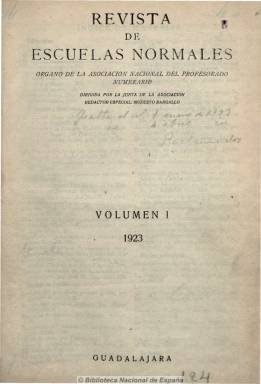
Título: Revista de escuelas normales (Guadalajara)
Colección: Educación
Ámbito geográfico: Madrid
Lugar de publicación: Guadalajara
Fechas: 01/02/1923-31/12/1970

Es continuadora del Boletín de escuelas normales (1922), y como este, será órgano de la Asociación Nacional del Profesorado Numerario. Edita desde 1923 hasta 1936 un total de 120 números, con periodicidad mensual, excepto de julio a septiembre. Además de en Guadalajara, será editada también en Cuenca, Córdoba y Madrid. Modesto Bargallo, que había sido el director del boletín, lo seguirá siendo de la revista hasta 1927, cuando es sustituido por Rodolfo Llopis. Sucesivamente la dirigirán también Antonio Gil Muñiz (1930-1932), otra vez Bargallo (1932-1932) y, por último, Pablo Cortés (1933-1936).

Se trata de la única publicación específica de la formación del profesorado primario que ha habido en España, reflejo de las corrientes pedagógicas y científicas y de la labor de renovación de la formación de los maestros españoles en las décadas de los veinte y treinta del siglo veinte.

Mantiene casi las mismas secciones que su antecesor, percibiéndose leves variaciones. Inicia cada número, de entre 32 y 46 páginas, con una especie de editorial, donde se plasman las reivindicaciones profesionales y corporativas. Le sigue “Educación y enseñanza”, en donde quedan reflejados los problemas generales de pedagogía y materias de carácter científico y social relacionados con la enseñanza; “La Normal en acción”, con trabajos de los profesores sobre la labor escolar y la práctica cotidiana de las escuelas normales, lecciones, prácticas y formación de laboratorios, museos, bibliotecas, etc.; “Al margen de lo legislado”, con comentarios sobre la normativa; “De todos”, reflejo del pensamiento de los profesores; así como otras dedicadas a prensa y noticias, libros y revistas tanto españolas como extranjeras, a páginas pedagógicas y artículos literarios y científicos sobre los problemas educativos, y las que dan cuenta de la actividad societaria y económica de los profesores. En suma, se recogen experiencias e investigaciones del profesorado normalista, pero también artículos doctrinales y metodológicos.

Sus colaboradores serán los mismos profesores, entre estos resaltan Pedro Chico, Isidoro Reverte y Miguel Santaló, en geografía; Federico Landrove, José María Exralar y Daniel Carretero, en matemáticas; el citado Bargallo, en química, física y ciencias naturales, y Alejandro Tudela y María Victoria Jiménez, en pedagogía. Otros colaboradores serán Manuel Bartolomé Cossío y María Motessori.

Tras la desaparición de la revista en 1936, año en el que publica sólo cinco números, en 1970 es editado en Madrid, por la subdirección general de Servicios de Enseñanza Primaria, un “número experimental” bajo el mismo título de casi dos centenares de páginas, también como órgano del profesorado de las escuelas normales, y con motivo de la aprobación de la ley general de educación y financiación de la reforma educativa.

Será continuada a partir de 1987 por la Revista interuniversitaria de formación del profesorado. Alejandro R. Díaz Torre, María del Mar Pozo Andrés y Manuel Segura Redondo, publican un artículo en su primer número de 1988 sobre la historia de la revista.